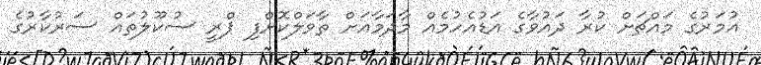
އުމަރުގެ މައްޗަށް ކުރާ ދައުވާގެ އަޑުއެހުމެއް މާދަމާއަށް ތާވަލްކޮށްފި ޕްރީ ސުކޫލުތައް ސަރުކާރުގެ